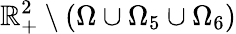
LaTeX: \mathbb{R}_{+}^{2}\setminus(\Omega\cup\Omega_{5}\cup\Omega_{6})